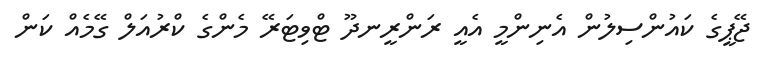
ޖޭޕީގެ ކައުންސިލުން އެނިންމީ އެއީ ރަންރީނދޫ ޓްވިޓަރޭ މެންގެ ކްރުއަލް ގޭމެއް ކަން